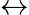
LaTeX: \leftrightarrow